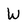
Character: W